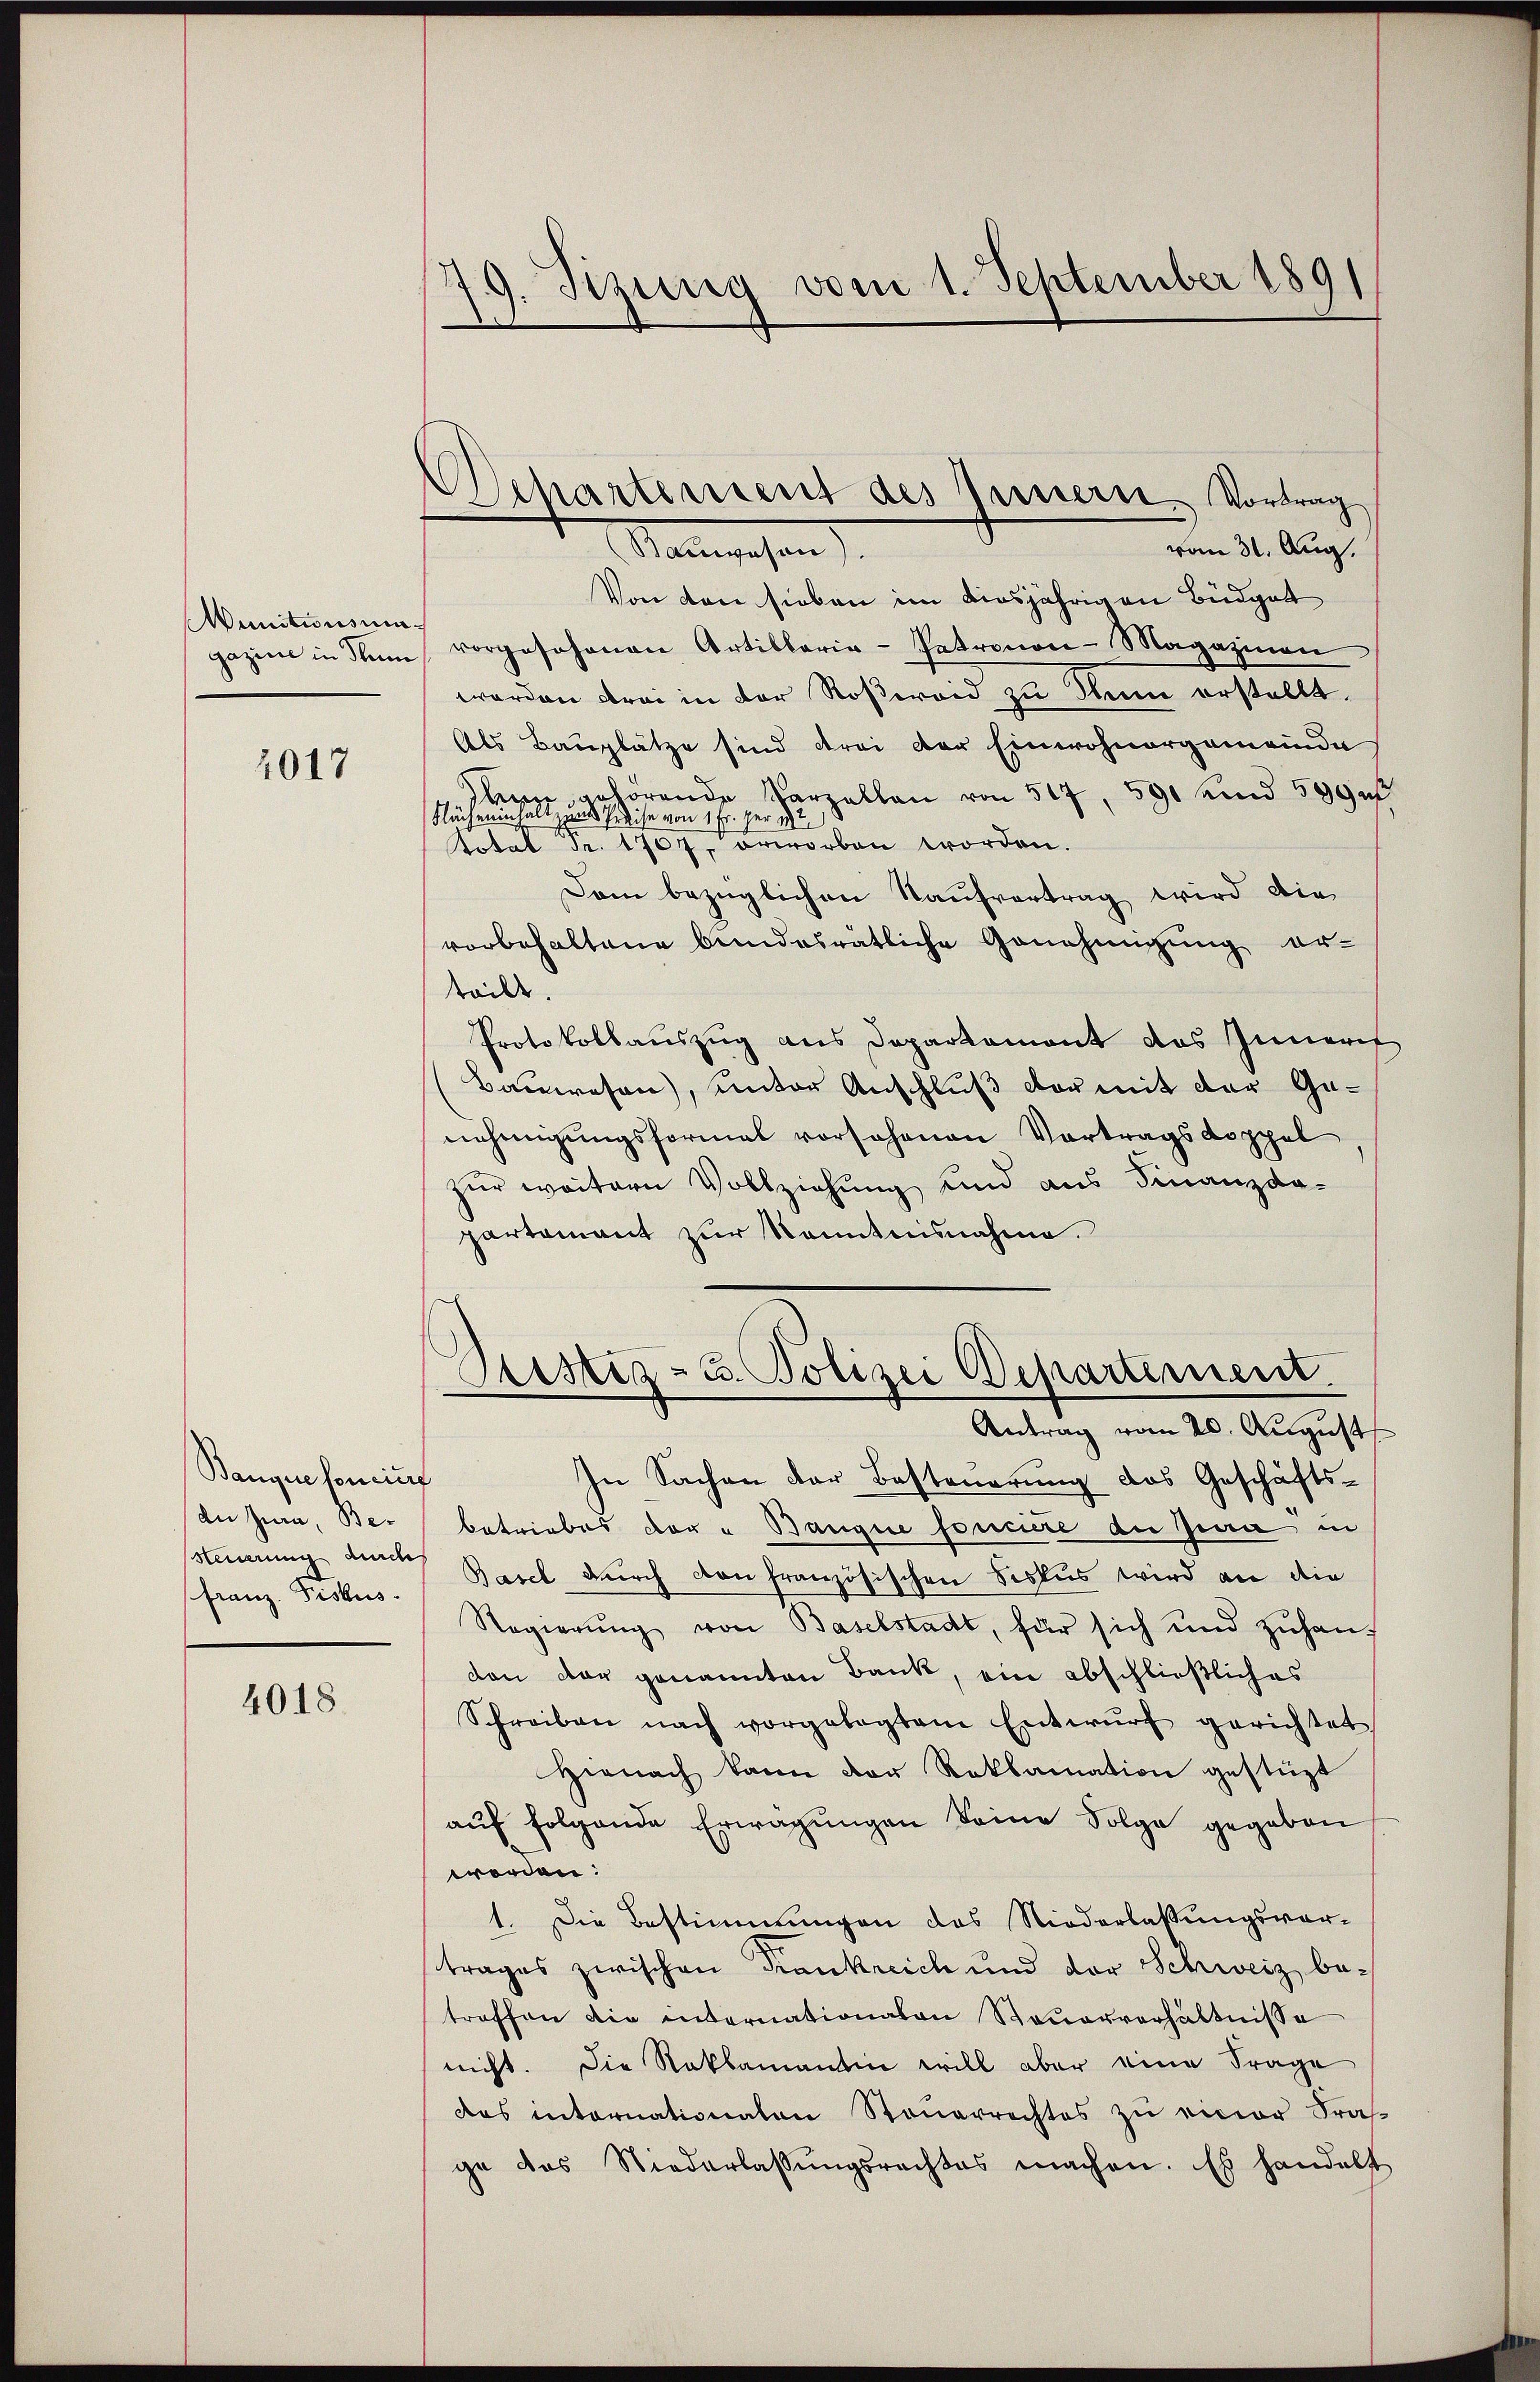
Munitionsmagazine in Sum

1017

Bangen foncierf
de Jura, Be¬
Steuerung durch
Franz Fiskus.

4018.

19. Sitzung vom 1. September 1891

Departement des Innern Vortrag

vom 31. Aug.
Mangehen
Von den sieben im diesjährigen Büdget
vorgesehenen Artillaria-Petronon-Magazinen
worden drei in der Roseroid zu Ihnen erstellt.
Als Bauplätze sind drei der Einwohnergemeinde
sleine gehörende Parzallen von 517, 590 und 599 u
Flächeninhalt zum Preise von 1 Fr. per i
Total Fr. 1707. erworben worden.
Dam bezüglichen Kaŭfvertrag wird die
vorbehaltene bundesratliche Genehmigung er-
teilt.
Protokollauszug aus Departement das Inneris
Bauwesen), unter Anschluß der mit der Genehmigungsformal vorschenen Vortrags Koppel
zur weitern Vollziehung und aus Finanzda-
partement zur Kenntnisnahme.
Bestiz- u. Polizei Departement.
Antrag vom 20. August
In Sachen der Besteuerung des Geschäfts-
betriebes der u Banque fonciere du Juni in
Basel durch von französischen Siskus wird an die
Regierŭng von Baselstadt, für sich und zŭhanf
don der genannten Bank, ein abschließliches
Schreiben nach vorgelegtem Entwŭrf gerichtet
Hienach kann der Reklamation gestüzt
aŭf folgende Erwägungen seine Folge gegeben
worden:
1. Die Bestimmungen des Niederlassungsvor-
trages zwischen Frankreich und der Schweiz betreffen die internationalen Steuerverhältnisse
nicht. Die Reklamantin will aber eine Frage
das internationalen Steŭerrechtes zu einer Fra
ge das Niederlassŭngsrechtes machen. Es handelt